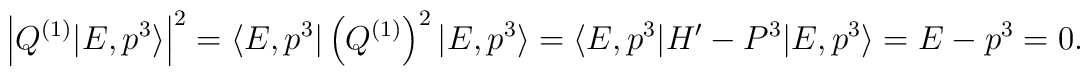
\left|Q^{(1)}\vert E, p^3 \rangle\right|^2 =\langle E, p^3 \vert \left(Q^{(1)}\right)^2 \vert E, p^3 \rangle =\langle E, p^3 \vert H'-P^3 \vert E, p^3 \rangle =E-p^3=0.